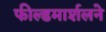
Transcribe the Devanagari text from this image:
फील्डमार्शलने